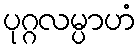
ပုဂ္ဂလမ္ပာဟံ